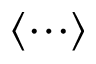
\langle \cdots \rangle